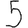
Digit: 5